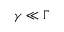
\gamma \ll \Gamma